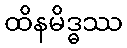
ထိနမိဒ္ဓဿ